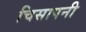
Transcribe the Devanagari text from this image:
चिसापनी